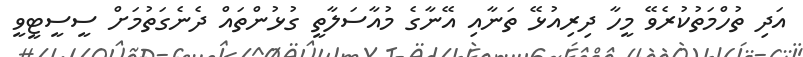
އަދި ތުހްމަތުކުރެވޭ މީހާ ދިރިއުޅޭ ތަނާއި އޭނާގެ މުއާސަލާތީ ގުޅުންތައް ދެނެގަތުމަށް ސީސީޓީވީ